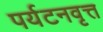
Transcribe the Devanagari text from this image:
पर्यटनवृत्त